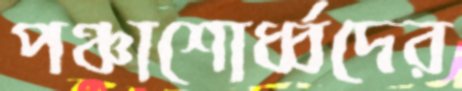
পঞ্চাশোর্ধ্বদের